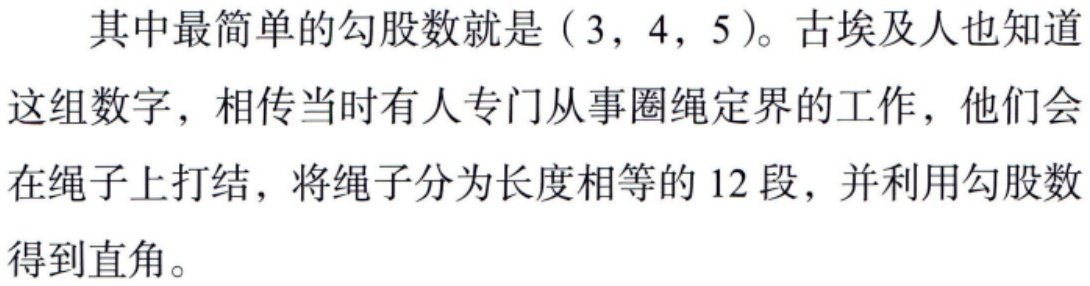
其中最简单的勾股数就是\((3,4,5)\)。古埃及人也知道这组数字，相传当时有人专门从事圈绳定界的工作，他们会在绳子上打结，将绳子分为长度相等的\(12\)段，并利用勾股数得到直角。